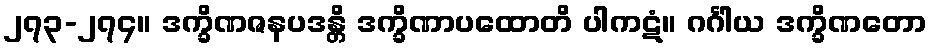
၂၇၃-၂၇၄။ ဒက္ခိဏဇနပဒန္တိ ဒက္ခိဏာပထောတိ ပါကဋံ။ ဂင်္ဂါယ ဒက္ခိဏတော